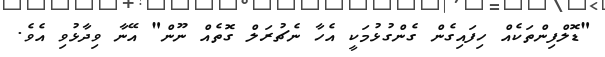
"ޑޮލްފިންތަކެއް ހިފައިގެން ގެންގުޅުމަކީ އެހާ ނެޗުރަލް ގޮތެއް ނޫން" އޭނާ ވިދާޅުވި އެވެ.